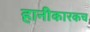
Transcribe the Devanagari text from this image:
हानीकारकच